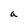
Character: a